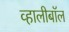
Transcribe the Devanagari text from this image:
व्हालीबॉल